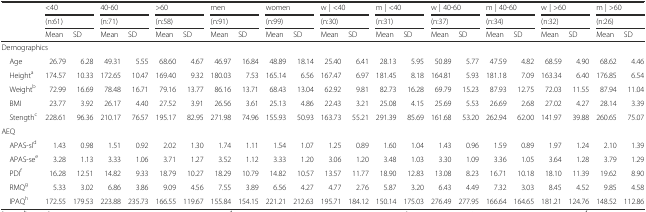
<table><thead><tr><td rowspan="2"></td><td colspan="2"><b>&lt;40</b></td><td colspan="2"><b>40-60</b></td><td colspan="2"><b>&gt;60</b></td><td colspan="2"><b>men</b></td><td colspan="2"><b>women</b></td><td colspan="2"><b>w | &lt;40</b></td><td colspan="2"><b>m | &lt;40</b></td><td colspan="2"><b>w | 40-60</b></td><td colspan="2"><b>m | 40-60</b></td><td colspan="2"><b>w | &gt;60</b></td><td colspan="2"><b>m | &gt;60</b></td></tr><tr><td colspan="2"><b>(n:61)</b></td><td colspan="2"><b>(n:71)</b></td><td colspan="2"><b>(n:58)</b></td><td colspan="2"><b>(n:91)</b></td><td colspan="2"><b>(n:99)</b></td><td colspan="2"><b>(n:30)</b></td><td colspan="2"><b>(n:31)</b></td><td colspan="2"><b>(n:37)</b></td><td colspan="2"><b>(n:34)</b></td><td colspan="2"><b>(n:32)</b></td><td colspan="2"><b>(n:26)</b></td></tr><tr><td></td><td><b>Mean</b></td><td><b>SD</b></td><td><b>Mean</b></td><td><b>SD</b></td><td><b>Mean</b></td><td><b>SD</b></td><td><b>Mean</b></td><td><b>SD</b></td><td><b>Mean</b></td><td><b>SD</b></td><td><b>Mean</b></td><td><b>SD</b></td><td><b>Mean</b></td><td><b>SD</b></td><td><b>Mean</b></td><td><b>SD</b></td><td><b>Mean</b></td><td><b>SD</b></td><td><b>Mean</b></td><td><b>SD</b></td><td><b>Mean</b></td><td><b>SD</b></td></tr></thead><tbody><tr><td colspan="7">Demographics</td><td></td><td></td><td></td><td></td><td></td><td></td><td></td><td></td><td></td><td></td><td></td><td></td><td></td><td></td><td></td><td></td></tr><tr><td> Age</td><td>26.79</td><td>6.28</td><td>49.31</td><td>5.55</td><td>68.60</td><td>4.67</td><td>46.97</td><td>16.84</td><td>48.89</td><td>18.14</td><td>25.40</td><td>6.41</td><td>28.13</td><td>5.95</td><td>50.89</td><td>5.77</td><td>47.59</td><td>4.82</td><td>68.59</td><td>4.90</td><td>68.62</td><td>4.46</td></tr><tr><td> Height<sup>a</sup></td><td>174.57</td><td>10.33</td><td>172.65</td><td>10.47</td><td>169.40</td><td>9.32</td><td>180.03</td><td>7.53</td><td>165.14</td><td>6.56</td><td>167.47</td><td>6.97</td><td>181.45</td><td>8.18</td><td>164.81</td><td>5.93</td><td>181.18</td><td>7.09</td><td>163.34</td><td>6.40</td><td>176.85</td><td>6.54</td></tr><tr><td> Weight<sup>b</sup></td><td>72.99</td><td>16.69</td><td>78.48</td><td>16.71</td><td>79.16</td><td>13.77</td><td>86.16</td><td>13.71</td><td>68.43</td><td>13.04</td><td>62.92</td><td>9.81</td><td>82.73</td><td>16.28</td><td>69.79</td><td>15.23</td><td>87.93</td><td>12.75</td><td>72.03</td><td>11.55</td><td>87.94</td><td>11.04</td></tr><tr><td> BMI</td><td>23.77</td><td>3.92</td><td>26.17</td><td>4.40</td><td>27.52</td><td>3.91</td><td>26.56</td><td>3.61</td><td>25.13</td><td>4.86</td><td>22.43</td><td>3.21</td><td>25.08</td><td>4.15</td><td>25.69</td><td>5.53</td><td>26.69</td><td>2.68</td><td>27.02</td><td>4.27</td><td>28.14</td><td>3.39</td></tr><tr><td> Stength<sup>c</sup></td><td>228.61</td><td>96.36</td><td>210.17</td><td>76.57</td><td>195.17</td><td>82.95</td><td>271.98</td><td>74.96</td><td>155.93</td><td>50.93</td><td>163.73</td><td>55.21</td><td>291.39</td><td>85.69</td><td>161.68</td><td>53.20</td><td>262.94</td><td>62.00</td><td>141.97</td><td>39.88</td><td>260.65</td><td>75.07</td></tr><tr><td>AEQ</td><td></td><td></td><td></td><td></td><td></td><td></td><td></td><td></td><td></td><td></td><td></td><td></td><td></td><td></td><td></td><td></td><td></td><td></td><td></td><td></td><td></td><td></td></tr><tr><td> APAS-sl<sup>d</sup></td><td>1.43</td><td>0.98</td><td>1.51</td><td>0.92</td><td>2.02</td><td>1.30</td><td>1.74</td><td>1.11</td><td>1.54</td><td>1.07</td><td>1.25</td><td>0.89</td><td>1.60</td><td>1.04</td><td>1.43</td><td>0.96</td><td>1.59</td><td>0.89</td><td>1.97</td><td>1.24</td><td>2.10</td><td>1.39</td></tr><tr><td> APAS-se<sup>e</sup></td><td>3.28</td><td>1.13</td><td>3.33</td><td>1.06</td><td>3.71</td><td>1.27</td><td>3.52</td><td>1.12</td><td>3.33</td><td>1.20</td><td>3.06</td><td>1.20</td><td>3.48</td><td>1.03</td><td>3.30</td><td>1.09</td><td>3.36</td><td>1.05</td><td>3.64</td><td>1.28</td><td>3.79</td><td>1.29</td></tr><tr><td> PDI<sup>f</sup></td><td>16.28</td><td>12.51</td><td>14.82</td><td>9.33</td><td>18.79</td><td>10.27</td><td>18.29</td><td>10.79</td><td>14.82</td><td>10.57</td><td>13.57</td><td>11.77</td><td>18.90</td><td>12.83</td><td>13.08</td><td>8.23</td><td>16.71</td><td>10.18</td><td>18.10</td><td>11.39</td><td>19.62</td><td>8.90</td></tr><tr><td> RMQ<sup>g</sup></td><td>5.33</td><td>3.02</td><td>6.86</td><td>3.86</td><td>9.09</td><td>4.56</td><td>7.55</td><td>3.89</td><td>6.56</td><td>4.27</td><td>4.77</td><td>2.76</td><td>5.87</td><td>3.20</td><td>6.43</td><td>4.49</td><td>7.32</td><td>3.03</td><td>8.45</td><td>4.52</td><td>9.85</td><td>4.58</td></tr><tr><td> IPAQ<sup>h</sup></td><td>172.55</td><td>179.53</td><td>223.88</td><td>235.73</td><td>166.55</td><td>119.67</td><td>155.84</td><td>154.15</td><td>221.21</td><td>212.63</td><td>195.71</td><td>184.12</td><td>150.14</td><td>175.03</td><td>276.49</td><td>277.95</td><td>166.64</td><td>164.65</td><td>181.21</td><td>124.76</td><td>148.52</td><td>112.86</td></tr></tbody></table>